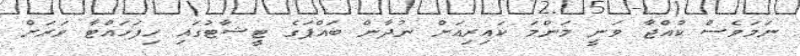
ނަމަވެސް ކުއްޖާ ވަނީ މަންމަ ކައިރިއަށް ނުދާން ބައްޕަގެ ޓީޝާޓުގައި ހިފަހައްޓާ ވަރަށް